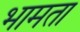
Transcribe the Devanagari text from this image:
भामता